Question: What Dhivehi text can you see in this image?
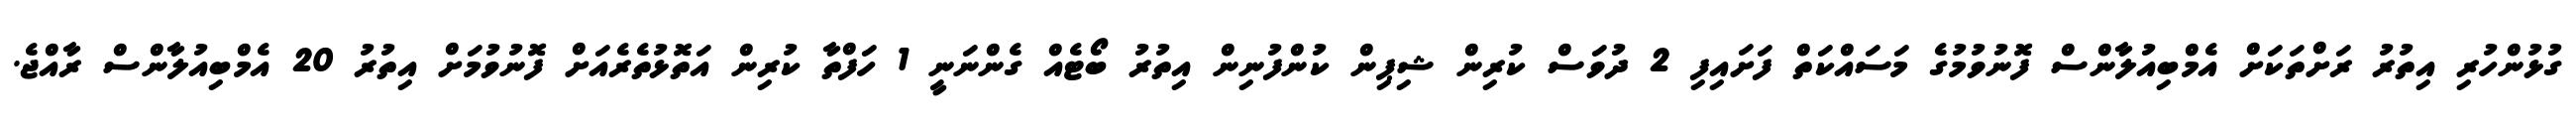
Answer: ގުޅުންހުރި އިތުރު ރަށްތަކަށް އެމްބިއުލާންސް ފޮނުވުމުގެ މަސައްކަތް ފަށައިފި 2 ދުވަސް ކުރިން ޝިޕިން ކުންފުނިން އިތުރު ބޯޓެއް ގެންނަނީ 1 ހަފްތާ ކުރިން އަތޮޅުތެރެއަށް ފޮނުވުމަށް އިތުރު 20 އެމްބިއުލާންސް ރާއްޖެ.